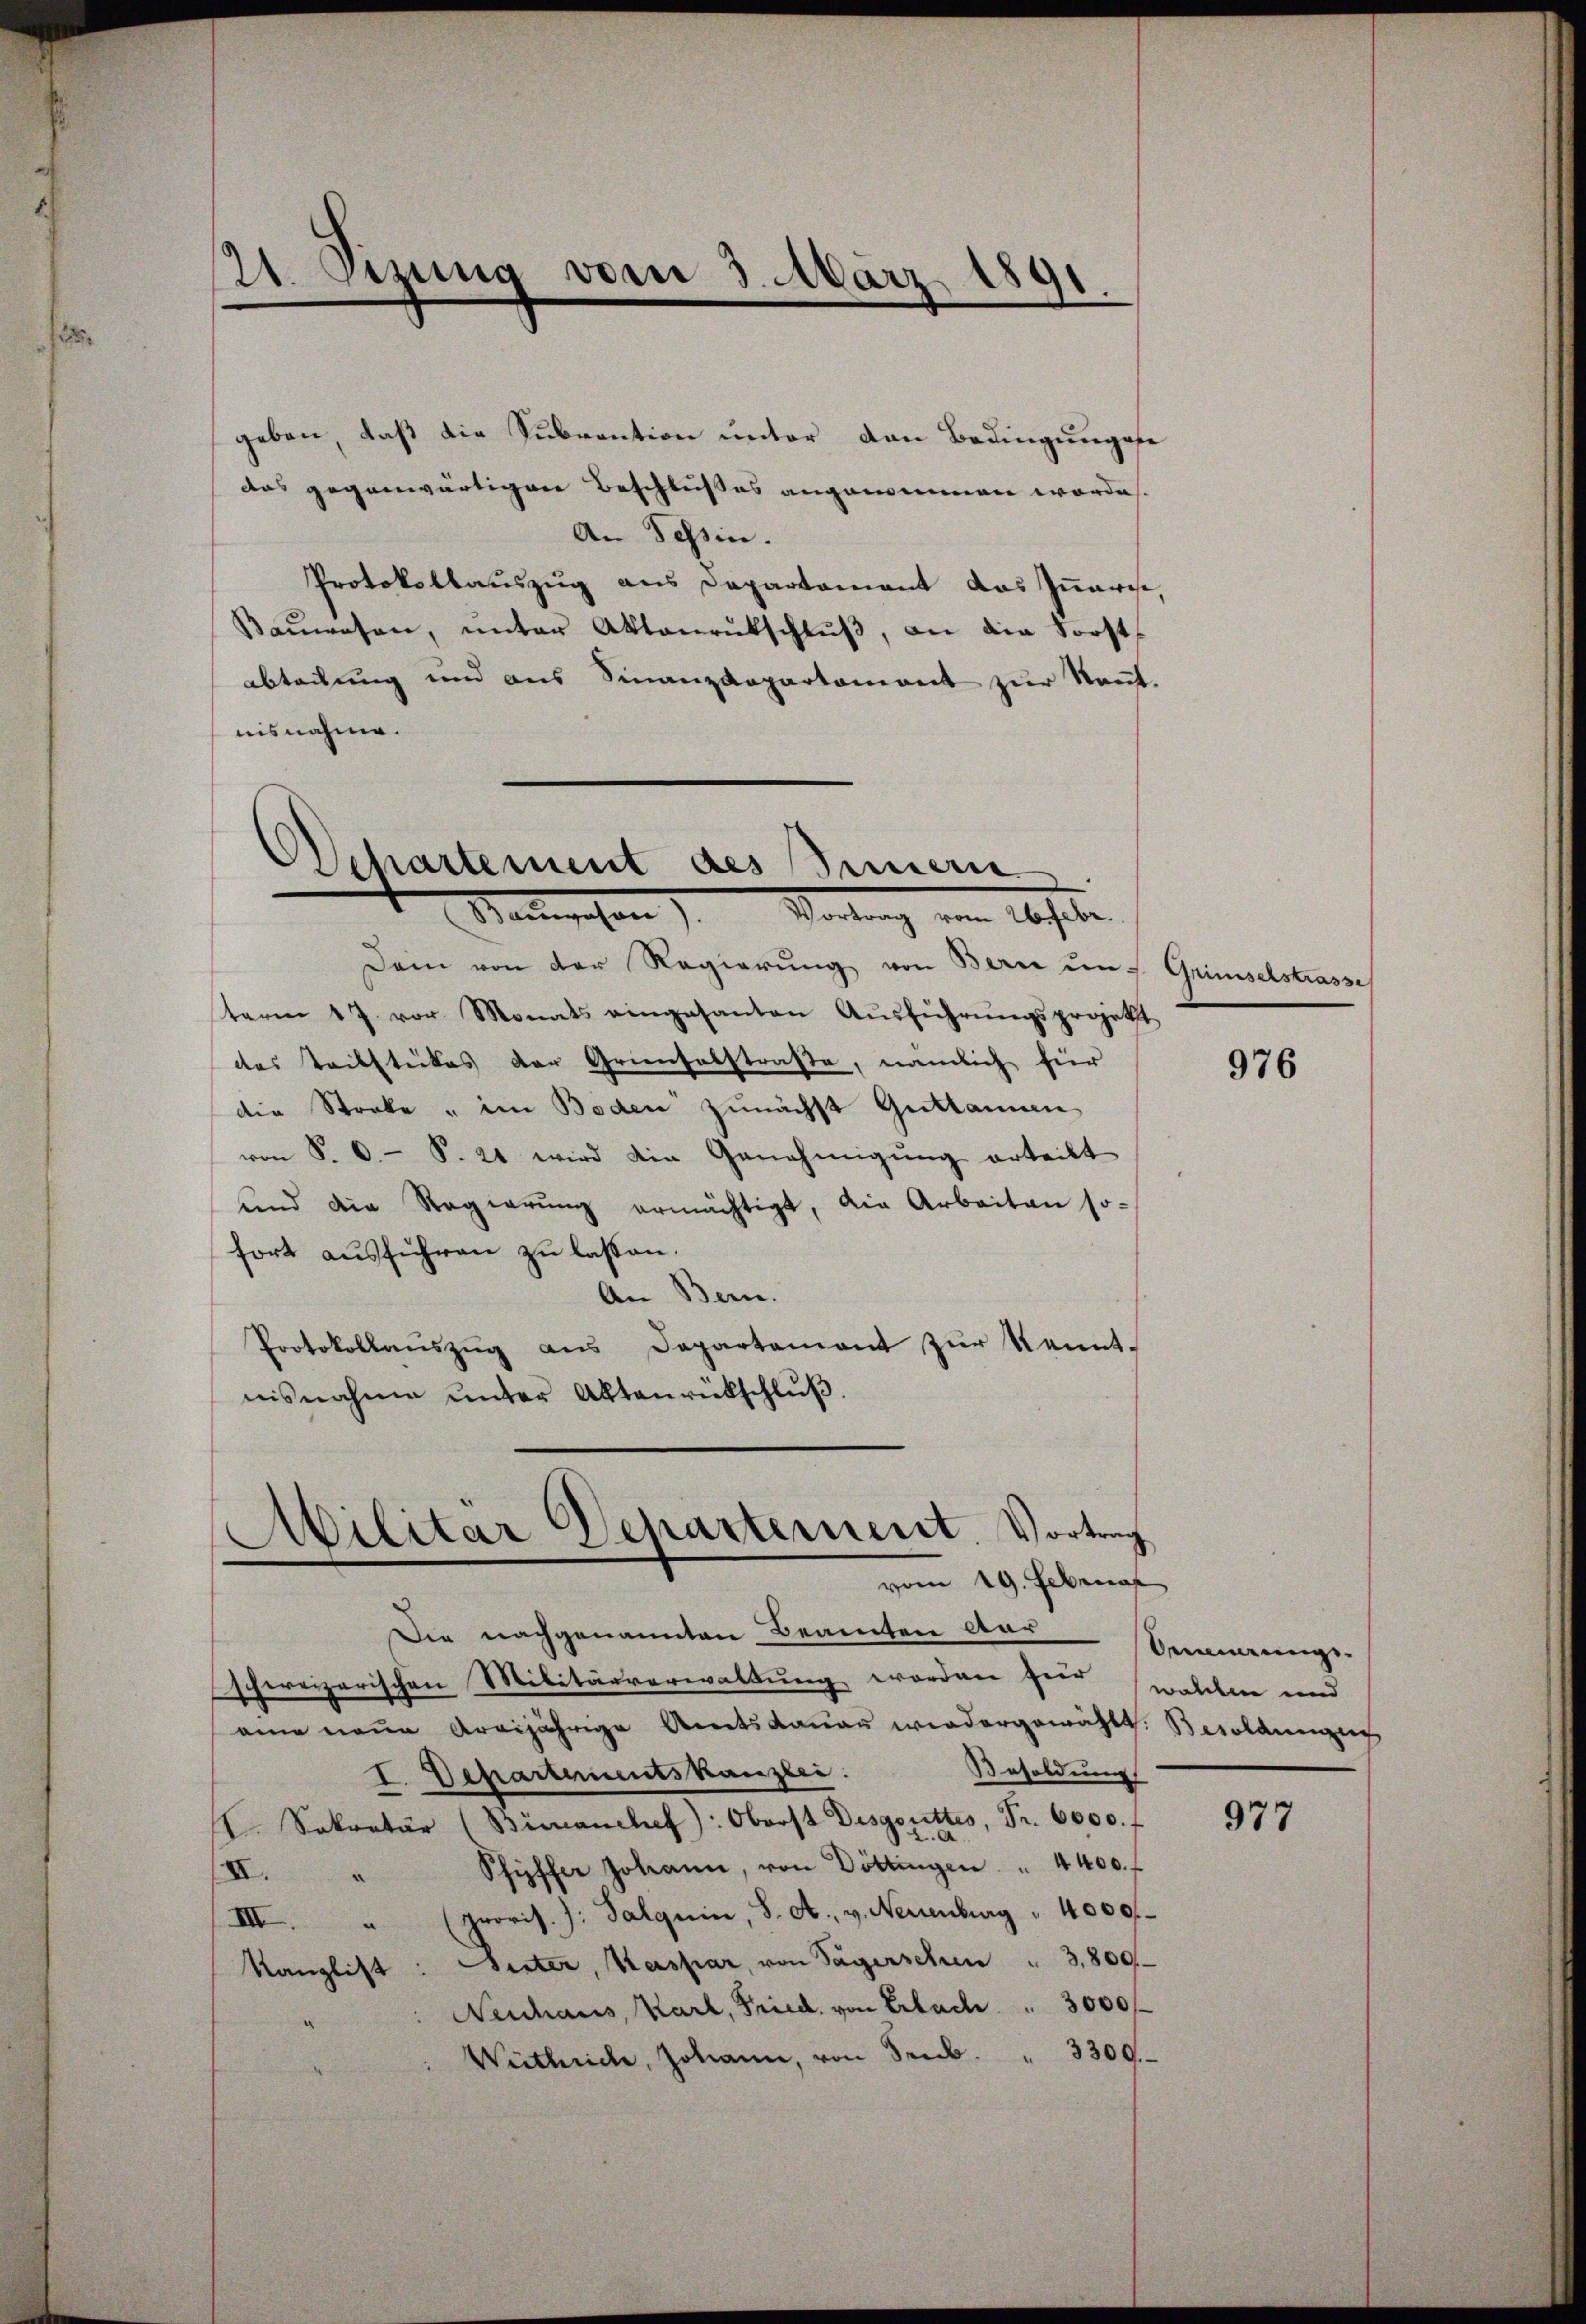
geben, daß die Subvention unter den Bedingungese
das gegenwärtigen Beschlußes angenommen worden.
An Tessin.
Protokollauszug aus Departement das Innarise,
Baŭwesen, ŭnter Aktenrütschlŭβ, an die Forst
abteilung und aus Finanzdepartement zur Nant.
nisnahme.

21. Simina vom 3. März 1891
d
1

Departement des Innern
Manegehen) Vertrag von abheben.

Dem von der Regierung von Bern uns Grimselstrasse
term 17. vor Monats eingesanten Aŭsführŭngsprojekt
des Teilstückes der Griensabstraße, nämlich für
die Stocke " im Boden zunächst Guttannen
von P. O. S. 24 wird die Genehmigŭng erteilt
und die Regierŭng ermächtigt, die Arbeiten so
fort ausführen zu lassen.
An Bern.
Protokollauszug aus Departement zur Kenntnisnahme unter Aktenrückschluß.
Militär Departement. Vortrag

vom 19. Februar

Die nachgenannten Beamten Aar
schweizerischen Militärverwaltung worden für welchen und
eine neue Areijährige Amtsdauer wiedergewählt: Besoldungen
Besoldung
I. Departementskanzlei:
I. Sekretär (Bimanchef): Oberst Disgottes, Fr. 6000. f
Schiffer Johann, von Döttingen " 4400. f
XI.
(provis.): Palquin, S. A. v. Neuenburg " 4000f
III.
e
Kanzlist: Seiter, Kaspar, von Sagerschen " 3,800
Neuhaus, Karl, Fried, von Erbache           3000 f
Wiitlrich, Johann, von Seub. " 3300.

976

Oennerungs

977